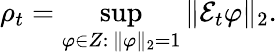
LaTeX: \rho_{t}=\operatorname*{sup}_{\varphi\in Z:\, \| \varphi\| _{2}=1}\| {\mathcal{E}}_{t}\varphi\| _{2}.